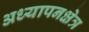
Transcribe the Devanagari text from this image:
अध्यापनक्षेत्र